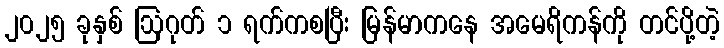
၂၀၂၅ ခုနှစ် ဩဂုတ် ၁ ရက်ကစပြီး မြန်မာကနေ အမေရိကန်ကို တင်ပို့တဲ့